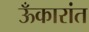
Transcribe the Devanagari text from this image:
ऊँकारांत